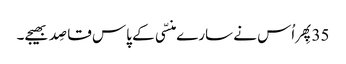
35پِھر اُس نے سارے منسّی کے پاس قاصِد بھیجے۔